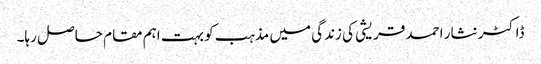
ڈاکٹر نثار احمد قریشی کی زندگی میں مذہب کو بہت اہم مقام حاصل رہا۔